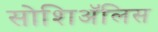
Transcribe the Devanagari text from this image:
सोशिअॅलिस